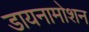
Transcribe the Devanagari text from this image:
डायनामोशन